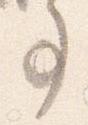
事